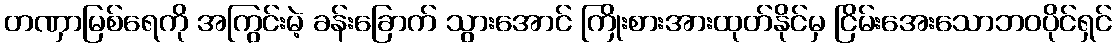
တဏှာမြစ်ရေကို အကြွင်းမဲ့ ခန်းခြောက် သွားအောင် ကြိုးစားအားထုတ်နိုင်မှ ငြိမ်းအေးသောဘဝပိုင်ရှင်